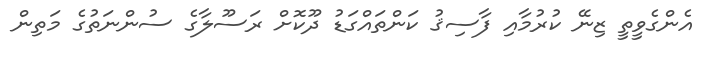
އެންގެވީތީ ޒިނޭ ކުރުމާއި ފާސިޤު ކަންތައްގަޑު ދޫކޮށް ރަސޫލާގެ ސުންނަތުގެ މަތިން